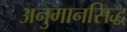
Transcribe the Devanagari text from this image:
अनुमानसिद्ध